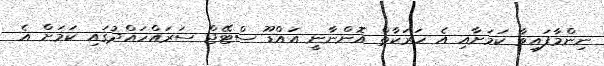
ނިންމާފައިވާ ކަމަށާއި އެ ހަރަކާތް އޮންނާނީ އައްޑޫ ސްޓޭޖް ސަރައްހައްދުގައި ކަމަށް އެ